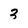
Character: 3